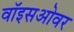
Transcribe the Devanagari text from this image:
वॉइसओवर